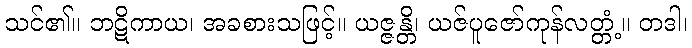
သင်၏။ ဘဋိကာယ၊ အခစားသဖြင့်။ ယဇ္ဇန္တိ၊ ယဇ်ပူဇော်ကုန်လတ္တံ့။ တဒါ၊